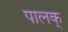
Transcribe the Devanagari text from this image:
पालक्